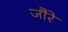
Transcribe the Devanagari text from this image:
जौरे